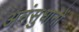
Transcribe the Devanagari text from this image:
अनंसुधानों